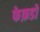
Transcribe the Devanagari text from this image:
फेफ़डों